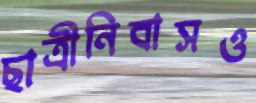
ছাত্রীনিবাসও